Report of the Municipal Commissioner on the plague in Bombay for the year ending 31st May... - Volume 2
Disease focus: Plague
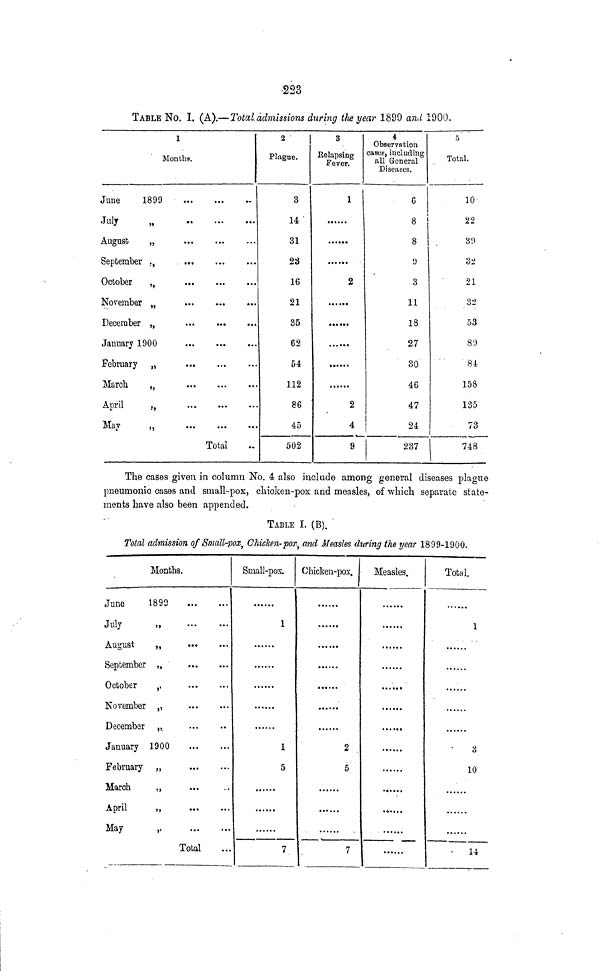
223
TABLE No. I. (A).— Total admissions during the year 1899 and 1900.
1
Months.
June
1899
July
„
August
„
September .,
October
,,
November „
December „
January 1900
...
February „
March
...
...
«•
April
„
May
,,
Total
2
Plague.
3
14 '
31
23
16
21
35
62
54
112
86
45
502
3
Kelapsing
Fever.
1
2
••* • ••
••••••
2
4
9
4
Observation
cases, including
all General
Diseases.
G
8
8
9
3
11
18
27
30
46
47
24
237
5
Total.
10
22
3!)
32
21
32
53
89
84
158
135
73
I
748
The cases given in column No. 4 also include among general diseases plague
pneumonic cases and small-pox, chicken-pox and measles, of which separate state-
ments have also been appended.
TABLE I. (B). '
Total admission of Small-pox, Chicken-pox, and Measles during the year 1899-1900.
Months.
June
1899
JiVv
11
«««
««•
August
.
•••
...
September ,,
October
,
November ,,
December „
January 1900
February „
March
,,
April
,,
May
„
Total
Small-pox.
1
1
5
7
Chicken-pox.
2
5
7
Measles.
......
......
. • • • •
Total.
i
3
10
14